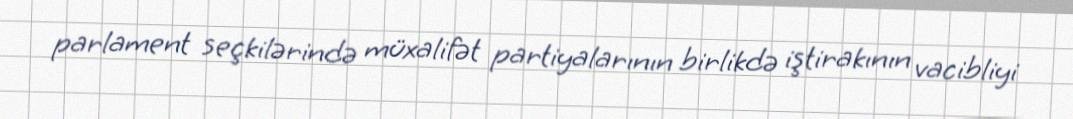
parlament seçkilərində müxalifət partiyalarının birlikdə iştirakının vacibliyi